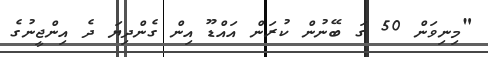
"މިނިވަން 50 ގަ ބޭނުން ކުރަން އައްޑޫ އިން ގެންދިޔަ ދެ އިންޖީނުގެ